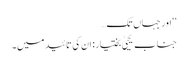
‘‘ اور جہاں تک…
جناب یحییٰ بختیار: ان کی تائید میں۔